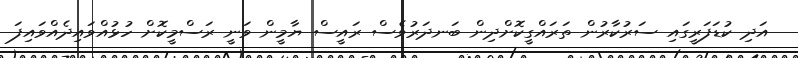
އަދި ކުޑަފަރީގައި ސަރުކާރުން ތަރައްގީކޮށްދިން ބަނދަރުވެސް ރައީސް ޔާމީން ވަނީ ރަސްމީކޮށް ހުޅުއްވައިދެއްވައިފަ